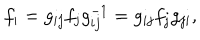
f _ { i } = g _ { i j } f _ { j } g _ { i j } ^ { - 1 } = g _ { i j } f _ { j } g _ { j i } ,